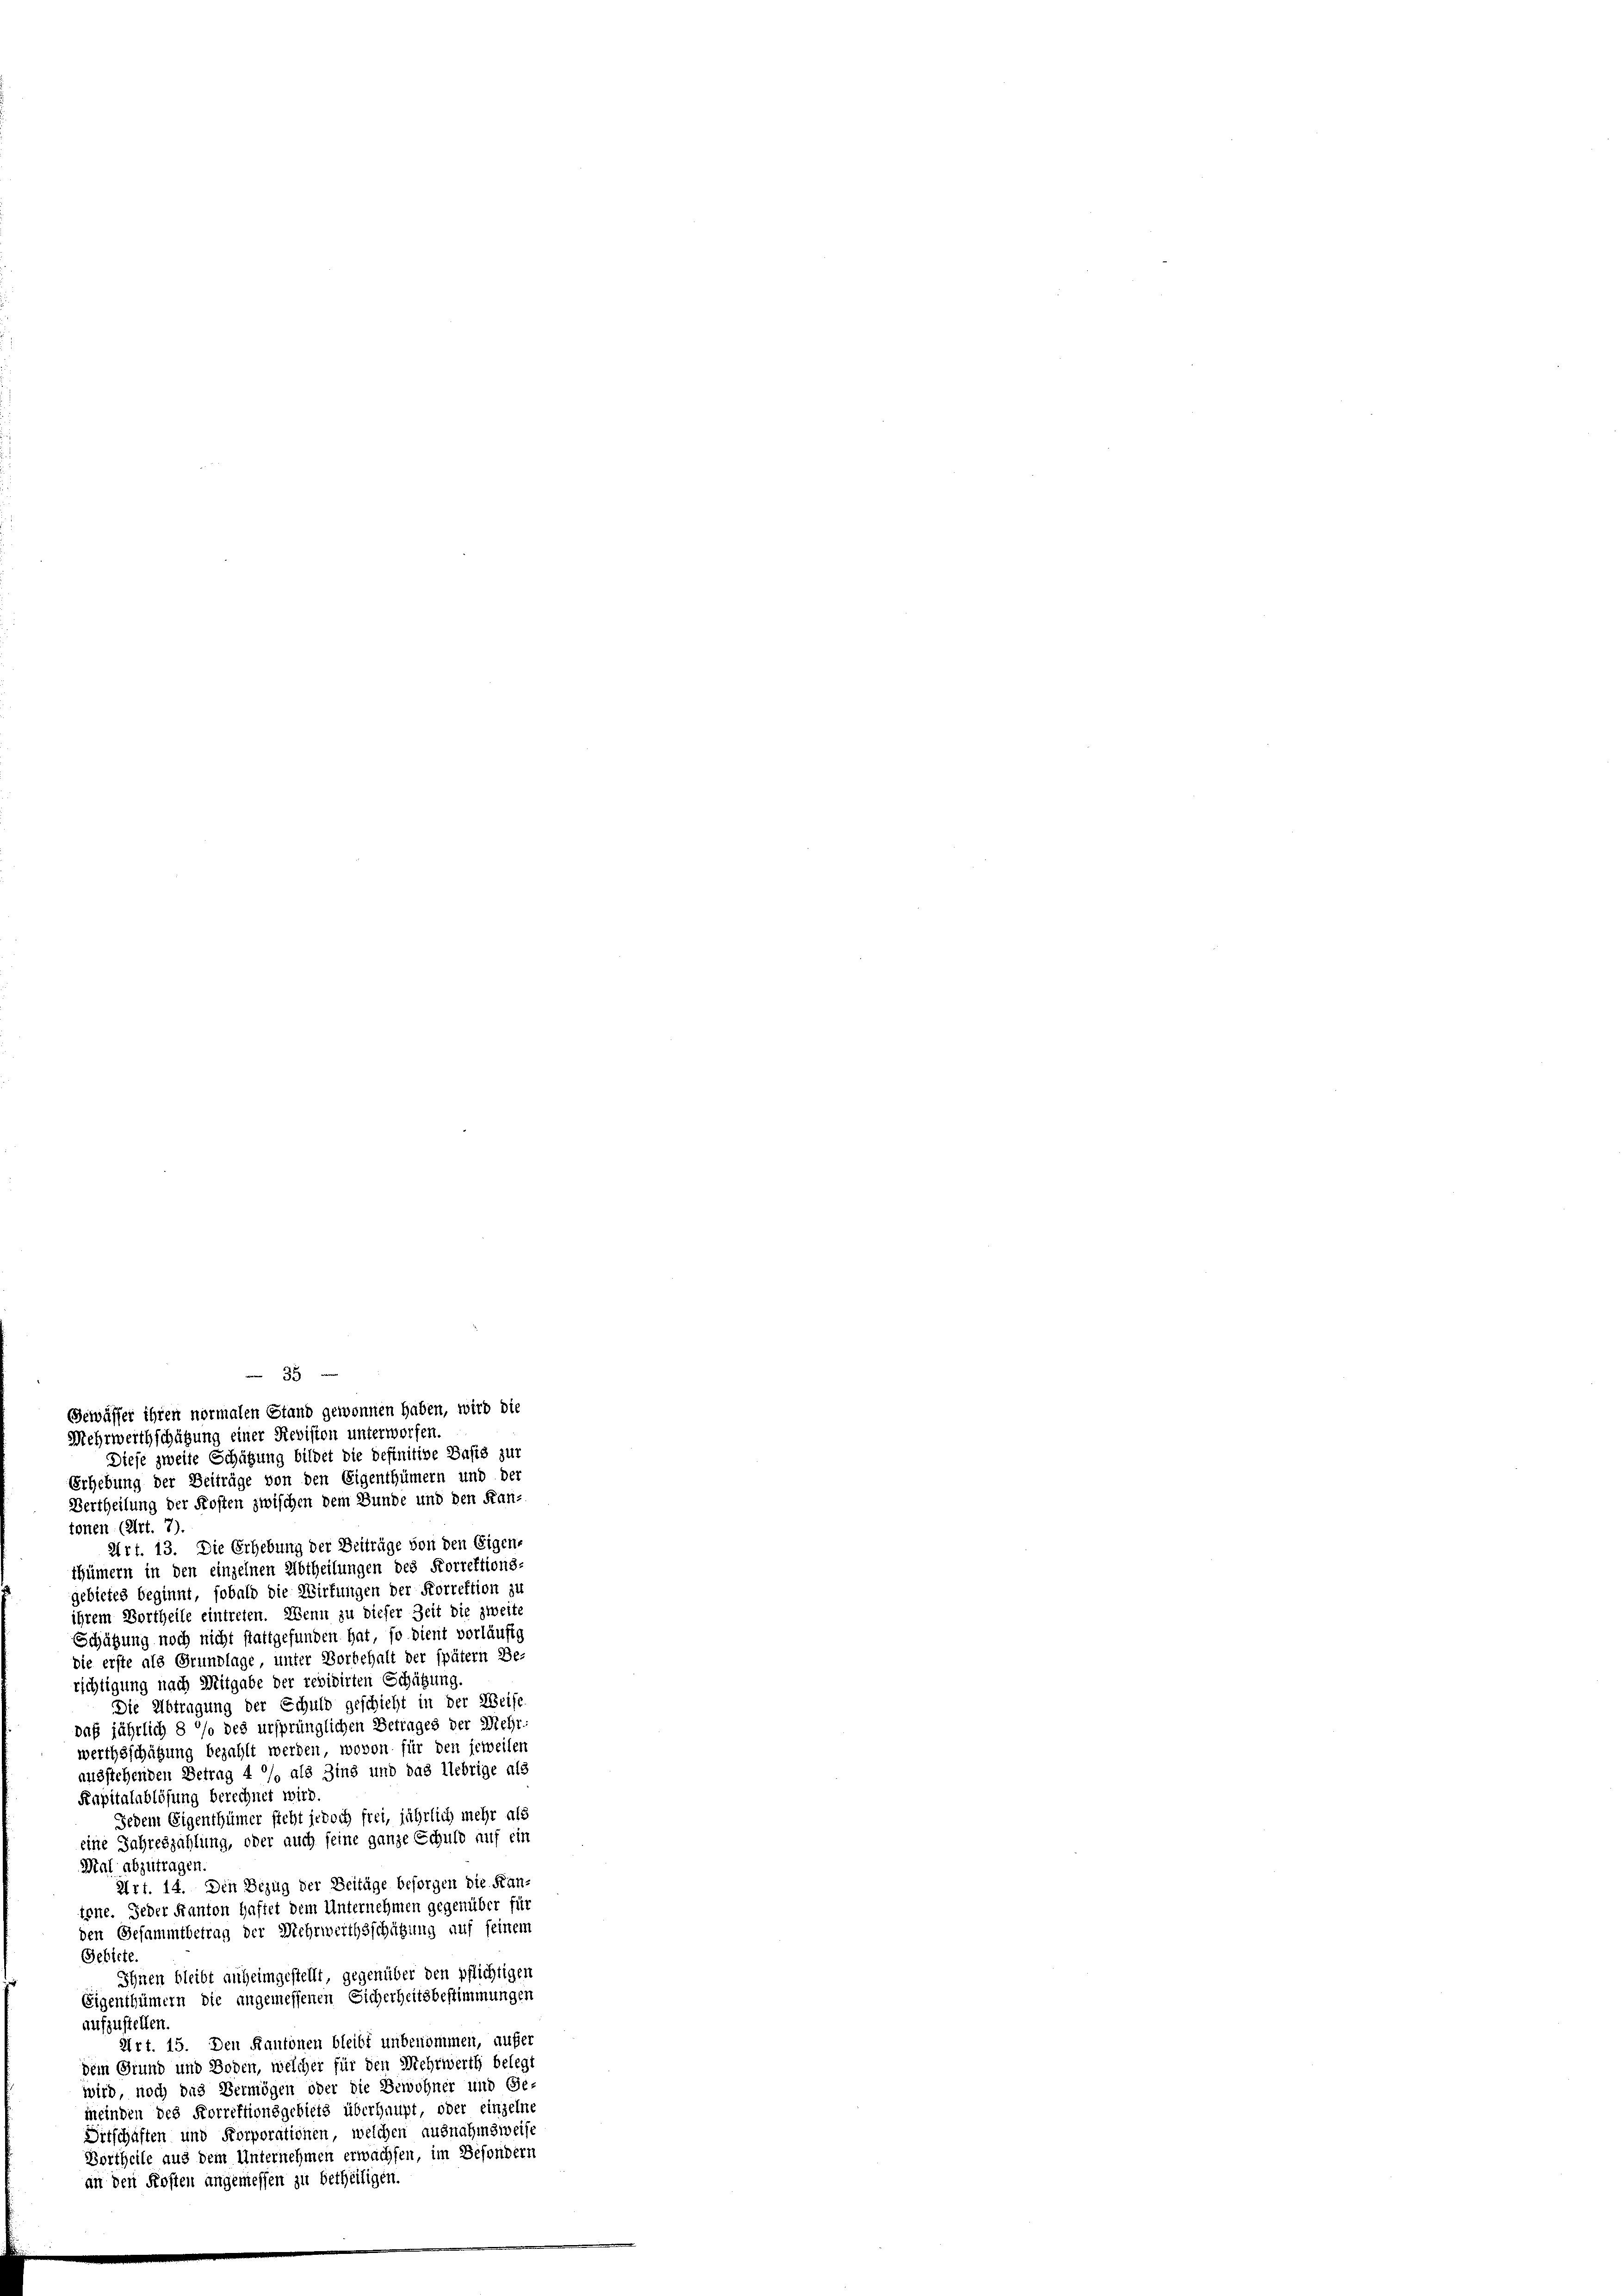
35
Gewässer ihren normalen Stand gewonnen haben, wird die
Mehrwerthschätzung einer Revision unterworfen.
Diese zweite Schätzung bildet die definitive Dosis zur
Erhebung der Beiträge von den Eigenthümern und der
Vertheilung der Kosten zwischen dem Bunde und den Kan-

tonen (Art. 7).
Art. 13. Die Erhebung der Beiträge von den Eigen-
thümern in den einzelnen Abtheilungen des Forrektions-
gebietes beginnt, sobald die Wirkungen der Korrektion zu
ihrem Vortheile eintreten. Wenn zu dieser Zeit die zweite
Schützung noch nicht stattgefunden hat, so dient vorläufig
die erste als Grundlage unter Vorbehalt der spätem Be-
richtigung nach Mitgabe der revidirten Schätzung.
Die Abtragung der Schuld geschicht in der Weise
das jährlich 8 % des ursprünglichen Betrages der Mehrwerthsschätzung bezahlt werden, wovon für den jeweilen
ausstehenden Betrag 4 % als Zins und das Uebrige als
Kapitalablösung berechnet wird.
Jedem Eigenthümer steht jedoch frei, jährlich mehr als
eine Jahreszahlung, oder auch seine ganze Schuld auf ein
Mal abzutragen.
Art. 14. Den Bezug der Zeitage besorgen die Kan-
töne. Jeder Kanton Haftet dem Unternehmen gegenüber für
den Gesammtbetrag der Mehrwerthsschätzung auf seinem
Gebiete
Ihnen bleibt anheimgestellt, gegenüber den pflichtigen
Eigenthümern die angemessenen Sicherheitsbestimmungen
aufzustellen
Art. 15. Den Kantonen bleibt unbenommen, aufer
dem Grund und Boden, welcher für den Mehrwerth belegt
wird noch das Vermögen oder die Bewohner und Ge-
meinden des Korrektionsgebiets überhaupt, oder einzelne
Setschäften und Korporationen, welchen ausnahmsweise
Vortheile aus dem Unternehmen erwachsen, im Besondern
an den Kosten angemessen zu betheiligen.